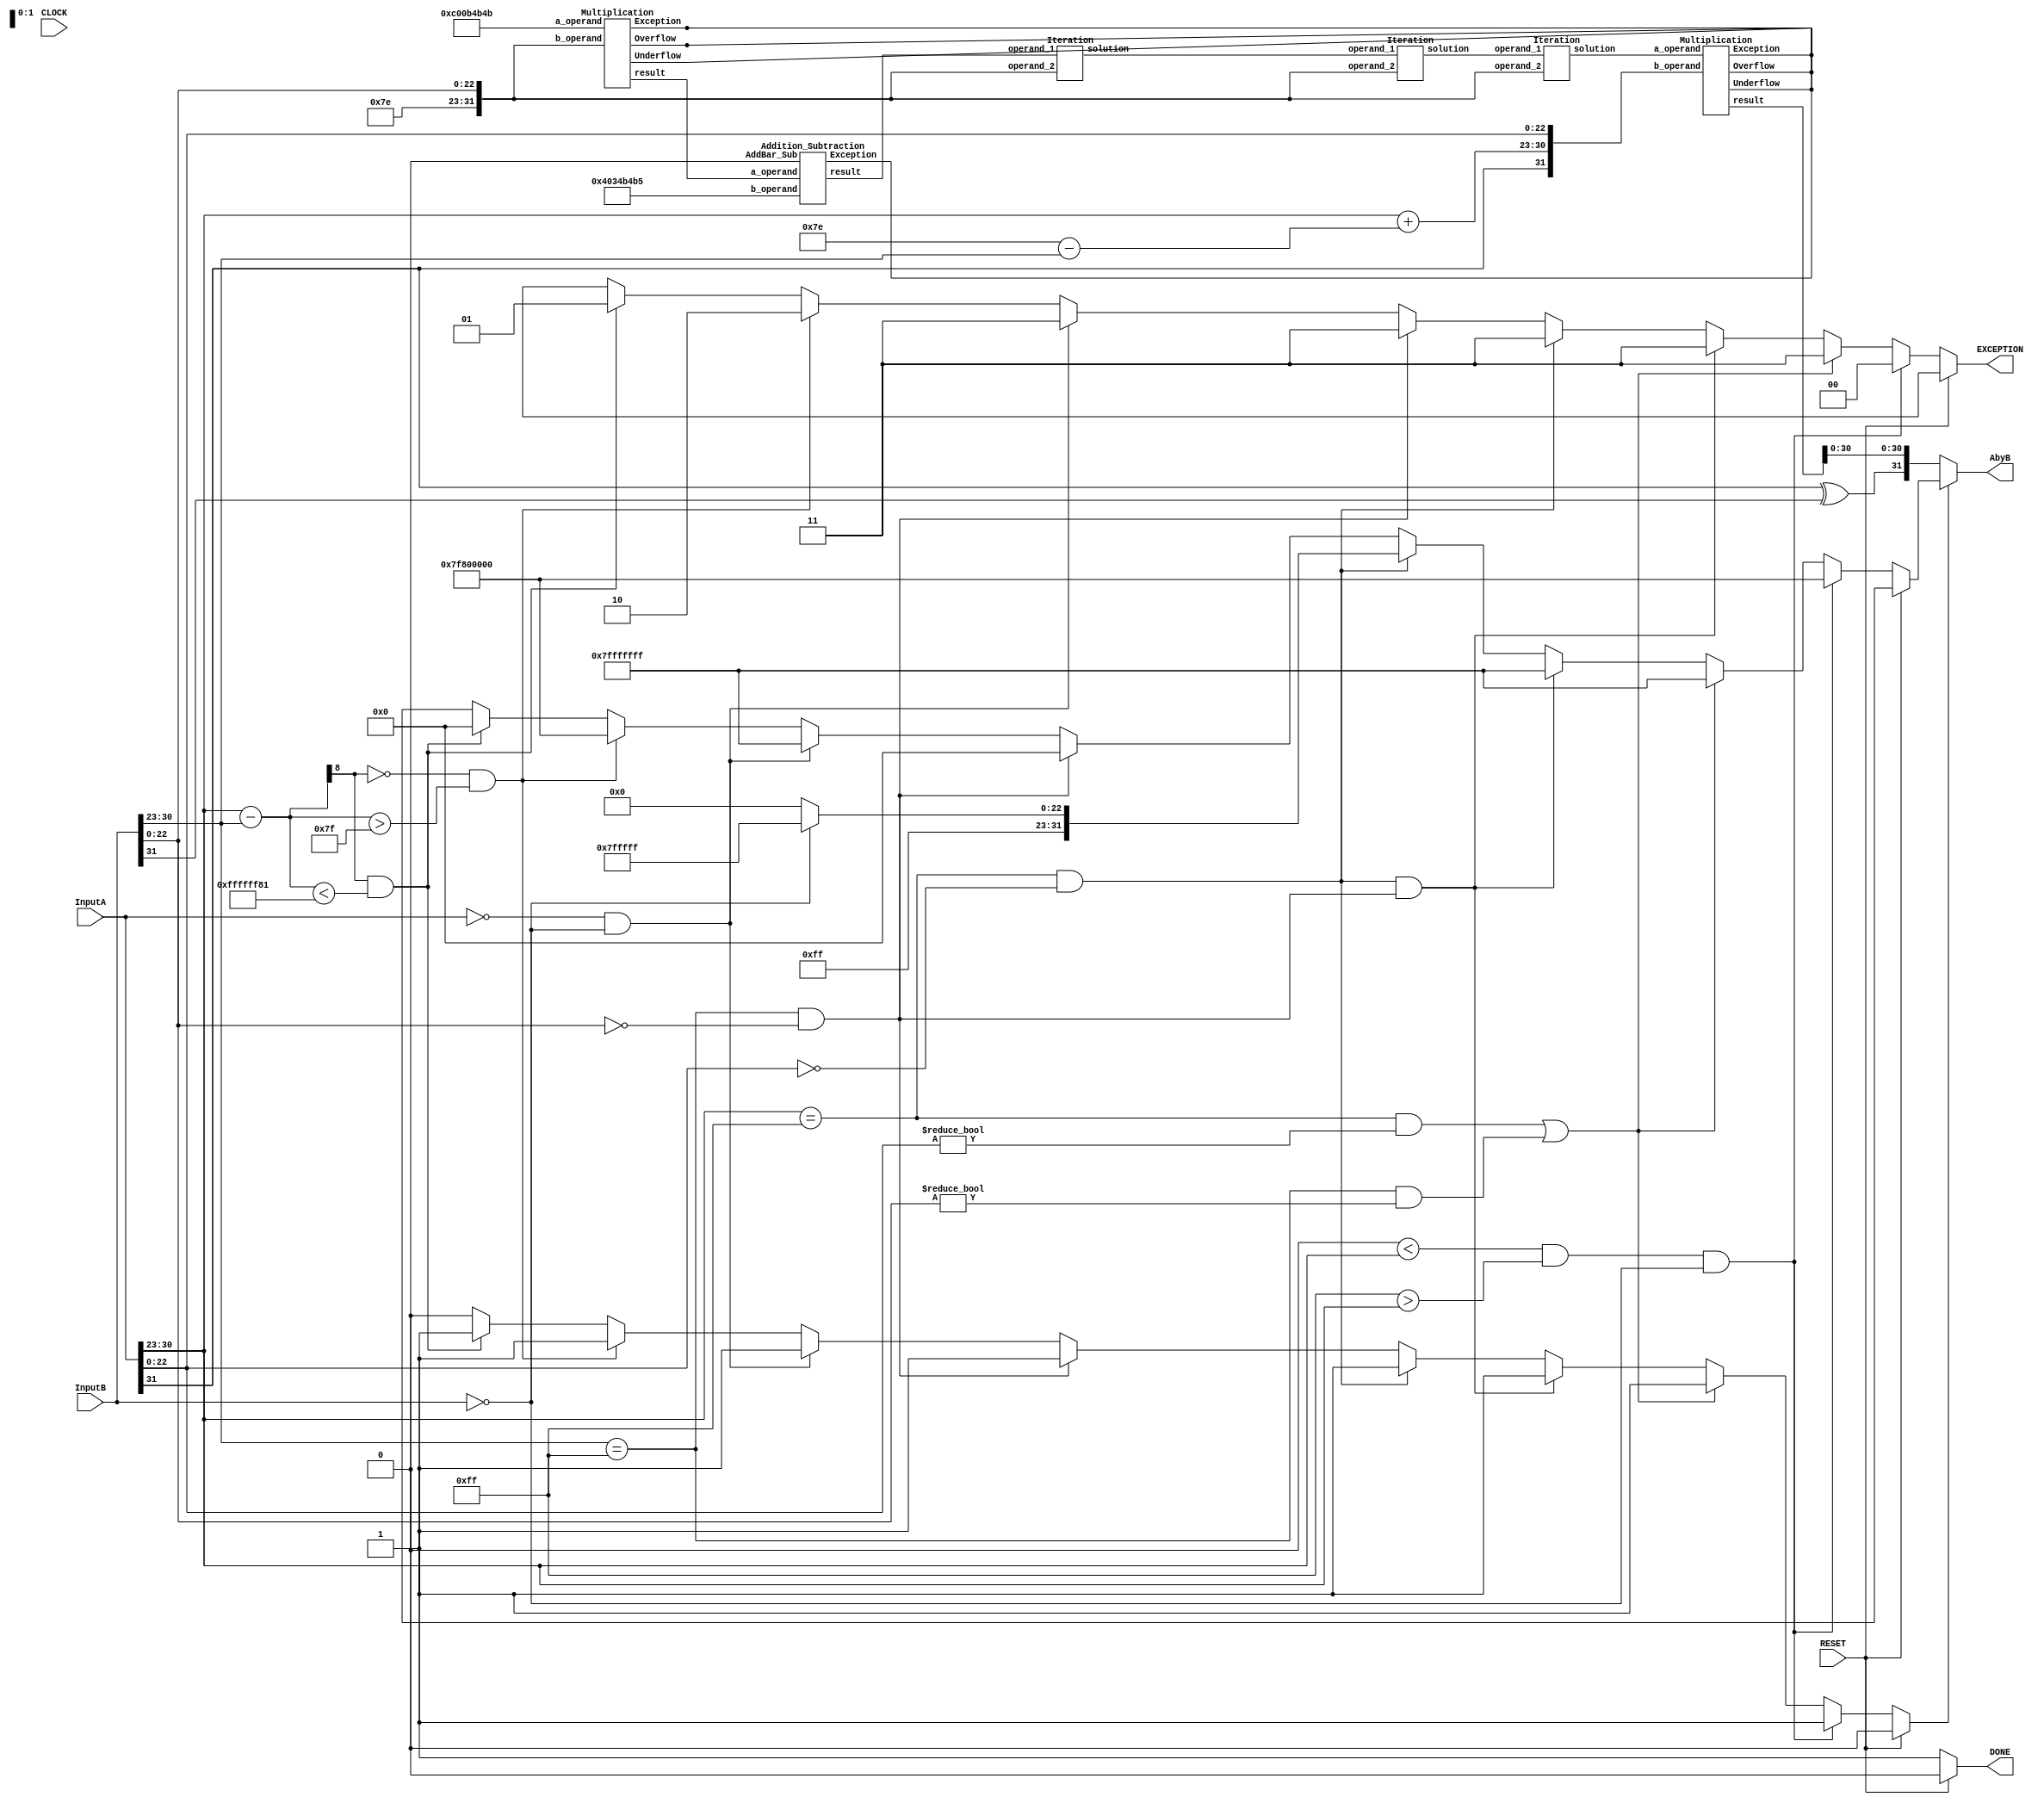
module fpdiv(AbyB, DONE, EXCEPTION, InputA, InputB, CLOCK, RESET);

	input CLOCK, RESET; // Active High
	input [31:0] InputA, InputB;
	output [31:0] AbyB;
	output DONE;
	output [1:0] EXCEPTION;
	
	reg [31:0] ExSol;
	reg [1:0] EXCEPTION;
	reg DONE;
	wire sign;
	wire [7:0] shift;
	wire [7:0] exponent_a;
	wire [31:0] divisor;
	wire [31:0] operand_a;
	wire [31:0] Intermediate_X0;
	wire [31:0] Iteration_X0;
	wire [31:0] Iteration_X1;
	wire [31:0] Iteration_X2;
	wire [31:0] Iteration_X3;
	wire [31:0] solution;
	wire [31:0] denominator;
	wire [31:0] operand_a_change;
	wire [8:0] sol_exponent;
	reg force_output;
	
	assign sign = InputA[31] ^ InputB[31];
	assign shift = 8'd126 - InputB[30:23];
	assign divisor = {1'b0,8'd126,InputB[22:0]};
	assign denominator = divisor;
	assign exponent_a = InputA[30:23] + shift;
	assign operand_a = {InputA[31],exponent_a,InputA[22:0]};
	assign operand_a_change = operand_a;
	assign sol_exponent = (InputA[30:23] - InputB[30:23]);
	
	// Reciprocal Block: Newton-Raphson  Algorithm
	//32'hC00B_4B4B = (-37)/17
	Multiplication x0(32'hC00B_4B4B,divisor,,,,Intermediate_X0);

	//32'h4034_B4B5 = 48/17
	Addition_Subtraction X0(Intermediate_X0,32'h4034_B4B5,1'b0,,Iteration_X0);
	
	// The above part is to choose a better X(0), for which we need to minimize the absolute error in approximation
	// of 1/D, we do X(0) = 48/17 - (32/17)*D'. Where D' is the number scaled to between 0.5 and 1.
	Iteration X1(Iteration_X0,divisor,Iteration_X1);
	Iteration X2(Iteration_X1,divisor,Iteration_X2);
	Iteration X3(Iteration_X2,divisor,Iteration_X3);
	
	// Multiplication block with reciprocal
	Multiplication END(Iteration_X3,operand_a,,,,solution);

	assign AbyB = force_output ? ExSol : {sign,solution[30:0]};
	
	always @* 
	begin
		EXCEPTION = 2'bxx;
		DONE = 1'b0;
		force_output = 1'b0;
		ExSol = 32'bx;
		// GIVE RESULTS FOR ALL!!!
		
		// 00: Divide Normal by Zero
		if(RESET) 
		begin
			EXCEPTION = 2'bxx;
			DONE = 1'b0;
			force_output = 1'b0;
			ExSol = 32'bx;
		end
		else if ((0 < InputA[30:23] && 255 > InputA[30:23]) && InputB[31:0] == 32'h00000000) 
		begin
			EXCEPTION = 2'b00;
			ExSol = 32'h7f800000;
			force_output = 1'b1;
			DONE = 1'b1;
		end
		// 11: Invalid Operands
		else if (((InputA[30:23] == 255) && (InputA[22:0] != 23'b0)) || ((InputB[30:23] == 255) && (InputB[22:0] != 23'b0))) 
		begin // A NaN or B NaN (r= NaN)
			EXCEPTION = 2'b11;
			ExSol = 32'h7fffffff;
			force_output = 1'b1;
			DONE = 1'b1;
		end
		else if (((InputA[30:23] == 255) && (InputA[22:0] == 23'b0)) && ((InputB[30:23] == 255) && (InputB[22:0] == 23'b0))) // A Inf and B Inf (r= NaN)
		begin
			EXCEPTION = 2'b11;
			ExSol = 32'h7fffffff;
			force_output = 1'b1;
			DONE = 1'b1;
		end
		else if (((InputA[30:23] == 255) && (InputA[22:0] == 23'b0))) // A Inf and B normal
			begin
			if (InputB[31:0] == 32'h00000000) // B Zero (r= NaN)
			begin
				EXCEPTION = 2'b11;
				ExSol = 32'h7fffffff;
				force_output = 1'b1;
				DONE = 1'b1;
			end
			else // B normal (r= inf)
			begin
				EXCEPTION = 2'b11;
				ExSol = 32'h7f800000;
				force_output = 1'b1;
				DONE = 1'b1;
			end
			end 
		else if (((InputB[30:23] == 255) && (InputB[22:0] == 23'b0))) // B Inf (r= Zero)
		begin
			EXCEPTION = 2'b11;
			ExSol = 32'h0;
			force_output = 1'b1;
			DONE = 1'b1;
		end
		else if ((InputA[31:0] == 32'h00000000) && (InputB[31:0] == 32'h00000000)) // A Zero and B Zero (r= NaN)
		begin
			EXCEPTION = 2'b11;
			ExSol = 32'h7fffffff;
			force_output = 1'b1;
			DONE = 1'b1;
		end
		// 10: Overflow		
		else if ((sol_exponent[8] == 0) && (sol_exponent) > 127) // Overflow
		begin	
			EXCEPTION = 2'b10;
			ExSol = 32'h7f800000;
			force_output = 1'b1;
			DONE = 1'b1;
		end
		// 01: Underflow
		else if ((sol_exponent[8] == 1) && (sol_exponent < -127)) // Subnormal Numbers
		begin
			EXCEPTION = 2'b01;
			ExSol = 32'h00000000;
			force_output = 1'b1;
			DONE = 1'b1;
		end
		else 
		begin
			DONE = 1'b1;
		end
	end
	
	
	
endmodule


module Iteration(operand_1,operand_2,solution);

	input [31:0] operand_1;
	input [31:0] operand_2;
	output [31:0] solution;
	
	/// THIS Module is to implement the newton-raphson iteration: X(i+1) = X(i)*(2-DX(i))
	wire [31:0] Intermediate_Value1,Intermediate_Value2;
	Multiplication M1(operand_1,operand_2,,,,Intermediate_Value1);

	//32'h4000_0000 -> 2.
	Addition_Subtraction A1(32'h4000_0000,{1'b1,Intermediate_Value1[30:0]},1'b0,,Intermediate_Value2);
	Multiplication M2(operand_1,Intermediate_Value2,,,,solution);

endmodule

module Addition_Subtraction(a_operand,b_operand,AddBar_Sub,Exception,result);

	// ADD:0, SUB: 1
	input [31:0] a_operand,b_operand;
	input AddBar_Sub;			  
	output Exception;
	output [31:0] result; 
	
	wire operation_sub_addBar;
	wire Comp_enable;
	wire output_sign;
	wire [31:0] operand_a,operand_b;
	wire [23:0] significand_a,significand_b;
	wire [7:0] exponent_diff;
	wire [23:0] significand_b_add_sub;
	wire [7:0] exponent_b_add_sub;
	wire [24:0] significand_add;
	wire [30:0] add_sum;
	wire [23:0] significand_sub_complement;
	wire [24:0] significand_sub;
	wire [30:0] sub_diff;
	wire [24:0] subtraction_diff; 
	wire [7:0] exponent_sub;

	//for operations always operand_a must not be less than operand_b.
	assign {Comp_enable,operand_a,operand_b} = (a_operand[30:0] < b_operand[30:0]) ? {1'b1,b_operand,a_operand} : {1'b0,a_operand,b_operand};
	assign exp_a = operand_a[30:23];
	assign exp_b = operand_b[30:23];

	// [CHECK!!]: Refactoring Exception flag sets 1 if either one of the exponent is 255.
	assign Exception = (&operand_a[30:23]) | (&operand_b[30:23]);
	assign output_sign = AddBar_Sub ? Comp_enable ? !operand_a[31] : operand_a[31] : operand_a[31] ;
	assign operation_sub_addBar = AddBar_Sub ? operand_a[31] ^ operand_b[31] : ~(operand_a[31] ^ operand_b[31]);

	//Assigining significand values according to Hidden Bit == Significand Bit
	//If exponent is equal to zero then hidden bit will be 0 for that respective significand else it will be 1
	assign significand_a = (|operand_a[30:23]) ? {1'b1,operand_a[22:0]} : {1'b0,operand_a[22:0]};
	assign significand_b = (|operand_b[30:23]) ? {1'b1,operand_b[22:0]} : {1'b0,operand_b[22:0]};

	//Evaluating Exponent Difference
	assign exponent_diff = operand_a[30:23] - operand_b[30:23];
	//Shifting significand_b according to exponent_diff: pperand_b is smaller.
	assign significand_b_add_sub = significand_b >> exponent_diff;
	assign exponent_b_add_sub = operand_b[30:23] + exponent_diff; 
	//Checking exponents are same or not
	assign perform = (operand_a[30:23] == exponent_b_add_sub);
	
	// ADD Operation
	assign significand_add = (perform & operation_sub_addBar) ? (significand_a + significand_b_add_sub) : 25'd0; 
	//Result will be equal to Most 23 bits if carry generates else it will be Least 22 bits.
	assign add_sum[22:0] = significand_add[24] ? significand_add[23:1] : significand_add[22:0];
	//If carry generates in sum value then exponent must be added with 1 else feed as it is.
	assign add_sum[30:23] = significand_add[24] ? (1'b1 + operand_a[30:23]) : operand_a[30:23];

	// Subtraction Block
	assign significand_sub_complement = (perform & !operation_sub_addBar) ? ~(significand_b_add_sub) + 24'd1 : 24'd0 ; 
	assign significand_sub = perform ? (significand_a + significand_sub_complement) : 25'd0;
	priority_encoder pe(significand_sub,operand_a[30:23],subtraction_diff,exponent_sub);
	assign sub_diff[30:23] = exponent_sub;
	assign sub_diff[22:0] = subtraction_diff[22:0];

	// [CHECK FOR Exception]Final output, evaluate under noexception
	assign result = Exception ? 32'b0 : ((!operation_sub_addBar) ? {output_sign,sub_diff} : {output_sign,add_sum});

endmodule

module Multiplication(a_operand, b_operand, Exception, Overflow, Underflow, result);

	input [31:0] a_operand;
	input [31:0] b_operand;
	output Exception,Overflow,Underflow;
	output [31:0] result;
	
	wire sign,product_round,normalised,zero;
	wire [8:0] exponent,sum_exponent;
	wire [22:0] product_mantissa;
	wire [23:0] operand_a,operand_b;
	//48 Bits = 24 bits + 24 bits
	// As it's 1.Mantissa
	wire [47:0] product,product_normalised; 


	assign sign = a_operand[31] ^ b_operand[31];
	//Exception flag sets 1 if either one of the exponent is 255.
	assign Exception = (&a_operand[30:23]) | (&b_operand[30:23]);
	//Assigining significand values according to Hidden Bit.
	//If exponent is equal to zero then hidden bit will be 0 for that respective significand else it will be 1
	assign operand_a = (|a_operand[30:23]) ? {1'b1,a_operand[22:0]} : {1'b0,a_operand[22:0]};
	assign operand_b = (|b_operand[30:23]) ? {1'b1,b_operand[22:0]} : {1'b0,b_operand[22:0]};
	assign product = operand_a * operand_b;			//Calculating Product
	assign product_round = |product_normalised[22:0];  //Ending 22 bits are OR'ed for rounding operation.
	assign normalised = product[47] ? 1'b1 : 1'b0;	
	assign product_normalised = normalised ? product : product << 1;	//Assigning Normalised value based on 48th bit
	//Final Manitssa.
	assign product_mantissa = product_normalised[46:24] + {21'b0,(product_normalised[23] & product_round)};
	assign zero = Exception ? 1'b0 : (product_mantissa == 23'd0) ? 1'b1 : 1'b0;
	assign sum_exponent = a_operand[30:23] + b_operand[30:23];
	assign exponent = sum_exponent - 8'd127 + normalised;

	assign Overflow = ((exponent[8] & !exponent[7]) & !zero) ; //If overall exponent is greater than 255 then Overflow condition.
	//Exception Case when exponent reaches its maximu value that is 384.
	//If sum of both exponents is less than 127 then Underflow condition.
	assign Underflow = ((exponent[8] & exponent[7]) & !zero) ? 1'b1 : 1'b0; 

	assign result = Exception ? 32'd0 : zero ? {sign,31'd0} : Overflow ? {sign,8'hFF,23'd0} : Underflow ? {sign,31'd0} : {sign,exponent[7:0],product_mantissa};


endmodule

module priority_encoder(significand,Exponent_a,Significand,Exponent_sub);

	input [24:0] significand;
	input [7:0] Exponent_a;
	output reg [24:0] Significand;
	output [7:0] Exponent_sub;

	reg [4:0] shift;

	always @(significand)
	begin
		casex (significand)
			25'b1_1xxx_xxxx_xxxx_xxxx_xxxx_xxxx :	begin
														Significand = significand;
														shift = 5'd0;
													end
			25'b1_01xx_xxxx_xxxx_xxxx_xxxx_xxxx : 	begin						
														Significand = significand << 1;
														shift = 5'd1;
													end

			25'b1_001x_xxxx_xxxx_xxxx_xxxx_xxxx : 	begin						
														Significand = significand << 2;
														shift = 5'd2;
													end

			25'b1_0001_xxxx_xxxx_xxxx_xxxx_xxxx : 	begin 							
														Significand = significand << 3;
														shift = 5'd3;
													end

			25'b1_0000_1xxx_xxxx_xxxx_xxxx_xxxx : 	begin						
														Significand = significand << 4;
														shift = 5'd4;
													end

			25'b1_0000_01xx_xxxx_xxxx_xxxx_xxxx : 	begin						
														Significand = significand << 5;
														shift = 5'd5;
													end

			25'b1_0000_001x_xxxx_xxxx_xxxx_xxxx : 	begin						// 24'h020000
														Significand = significand << 6;
														shift = 5'd6;
													end

			25'b1_0000_0001_xxxx_xxxx_xxxx_xxxx : 	begin						// 24'h010000
														Significand = significand << 7;
														shift = 5'd7;
													end

			25'b1_0000_0000_1xxx_xxxx_xxxx_xxxx : 	begin						// 24'h008000
														Significand = significand << 8;
														shift = 5'd8;
													end

			25'b1_0000_0000_01xx_xxxx_xxxx_xxxx : 	begin						// 24'h004000
														Significand = significand << 9;
														shift = 5'd9;
													end

			25'b1_0000_0000_001x_xxxx_xxxx_xxxx : 	begin						// 24'h002000
														Significand = significand << 10;
														shift = 5'd10;
													end

			25'b1_0000_0000_0001_xxxx_xxxx_xxxx : 	begin						// 24'h001000
														Significand = significand << 11;
														shift = 5'd11;
													end

			25'b1_0000_0000_0000_1xxx_xxxx_xxxx : 	begin						// 24'h000800
														Significand = significand << 12;
														shift = 5'd12;
													end

			25'b1_0000_0000_0000_01xx_xxxx_xxxx : 	begin						// 24'h000400
														Significand = significand << 13;
														shift = 5'd13;
													end

			25'b1_0000_0000_0000_001x_xxxx_xxxx : 	begin						// 24'h000200
														Significand = significand << 14;
														shift = 5'd14;
													end

			25'b1_0000_0000_0000_0001_xxxx_xxxx  : 	begin						// 24'h000100
														Significand = significand << 15;
														shift = 5'd15;
													end

			25'b1_0000_0000_0000_0000_1xxx_xxxx : 	begin						// 24'h000080
														Significand = significand << 16;
														shift = 5'd16;
													end

			25'b1_0000_0000_0000_0000_01xx_xxxx : 	begin						// 24'h000040
														Significand = significand << 17;
														shift = 5'd17;
													end

			25'b1_0000_0000_0000_0000_001x_xxxx : 	begin						// 24'h000020
														Significand = significand << 18;
														shift = 5'd18;
													end

			25'b1_0000_0000_0000_0000_0001_xxxx : 	begin						// 24'h000010
														Significand = significand << 19;
														shift = 5'd19;
													end

			25'b1_0000_0000_0000_0000_0000_1xxx :	begin						// 24'h000008
														Significand = significand << 20;
														shift = 5'd20;
													end

			25'b1_0000_0000_0000_0000_0000_01xx : 	begin						// 24'h000004
														Significand = significand << 21;
														shift = 5'd21;
													end

			25'b1_0000_0000_0000_0000_0000_001x : 	begin						// 24'h000002
														Significand = significand << 22;
														shift = 5'd22;
													end

			25'b1_0000_0000_0000_0000_0000_0001 : 	begin						// 24'h000001
														Significand = significand << 23;
														shift = 5'd23;
													end

			25'b1_0000_0000_0000_0000_0000_0000 : 	begin						// 24'h000000
														Significand = significand << 24;
														shift = 5'd24;
													end
			default : 	begin
							Significand = (~significand) + 1'b1;
							shift = 8'd0;
						end

		endcase
	end
assign Exponent_sub = Exponent_a - shift;

endmodule


// TESTBENCH!!! 


module tb_fp_div();
	initial begin
	$display ("The Group Members are:");
	$display ("********************************************");
	$display ("2019A7PS0077P Aadit Deshpande");
	$display ("2019A7PS0123P Lakshya");
	$display ("2018B2A70699P Minu Rajeeve Payyapilly");
	$display ("2018B1A70657P Niharika Gupta");
	$display ("********************************************");
	end

	initial begin
	$display ("A few thigs about our design:");
	$display ("********************************************");
	$display ("It works on the Positive edge of the CLOCK signal");
	$display ("Will take 25 CLOCK cycles to complete the execution");
	$display ("We haven't used the guard bits");
	$display ("********************************************");
	end
 	reg clk = 0;
	reg [31:0] a_operand;
	reg [31:0] b_operand;
	reg reset;
	
	wire [31:0] result;
	wire [1:0] Exception;
	wire [8:0] sol_exponent;
	assign sol_exponent = (a_operand[30:23] - b_operand[30:23]);	

	reg [31:0] Expected_result;
	// module fpdiv(AbyB, DONE, EXCEPTION, InputA, InputB, CLOCK, RESET);
	fpdiv my_div(result,,Exception,a_operand, b_operand, clk,reset);


	always #5 clk = ~clk;


	always@(*)
		$monitor($time,"A = %h, B = %h, A/b = %h, Exception = %b Expected Result = %h",a_operand, b_operand, result, Exception, Expected_result);
	always @(posedge clk) 
	begin
	
	// For Reference:
	// 00000000: 0
	// 7f800000: +Infinity
	// ff800000: -Infinity
	// 7fc00000: NaN
	
			#6 $display("Case 1: Normal");
			#6 a_operand = 32'h40a00000; b_operand = 32'h40000000; Expected_result = 32'h40200000;// 5 / 2 = 2.5
			
			#6 $display("Case 2: Divide by Zero");
			#6 a_operand = 32'h40000000; b_operand = 32'h00000000; Expected_result = 32'h7f800000;// 2 / Zero = Infinity
			
			#6 $display("Case 3: Invalid Operands");
			#6 a_operand = 32'h7fc00000; b_operand = 32'h7fc00000; Expected_result = 32'h7fffffff;// NaN / NaN = NaN
			#6 a_operand = 32'h7f800000; b_operand = 32'h7f800000; Expected_result = 32'h7fffffff;// Inf / Inf = NaN
			#6 a_operand = 32'h7f800000; b_operand = 32'h00000000; Expected_result = 32'h7fffffff;// Inf / Zero = NaN
			#6 a_operand = 32'h7f800000; b_operand = 32'h40000000; Expected_result = 32'h7f800000;// Inf / 2 = Inf
			#6 a_operand = 32'h40000000; b_operand = 32'h7f800000; Expected_result = 32'h00000000;//  2 / Inf = Zero
			#6 a_operand = 32'h00000000; b_operand = 32'h00000000; Expected_result = 32'h7fffffff;// Zero / Zero = NaN
			
			
			#6 $display("Case 3: Overflow or Underflow");			
			#6 a_operand = 32'h00195400; b_operand = 32'h7f7fffff; Expected_result = 32'h00000000;// Smallest Positive Subnormal / 2 ~ Zero [Underflow]
			#6 a_operand = 32'h7f7fffff; b_operand = 32'h00195400; Expected_result = 32'h7f800000;// Largest Positive Normal / Smallest Positive Normal ~ Inf [Overflow]
			
			
			
			# 60 $finish;

			
			
	end


endmodule